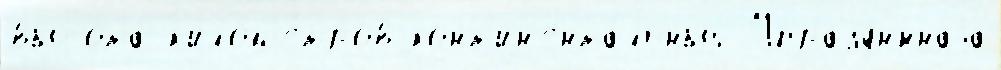
высота́ к'илом'е́тров конт'ин'ента́льный Упраздн'́ннаjа